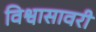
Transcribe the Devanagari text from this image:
विश्वासावरी